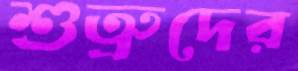
শুত্রুদের